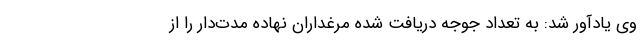
وی یادآور شد: به تعداد جوجه دریافت شده مرغداران نهاده مدت‌دار را از